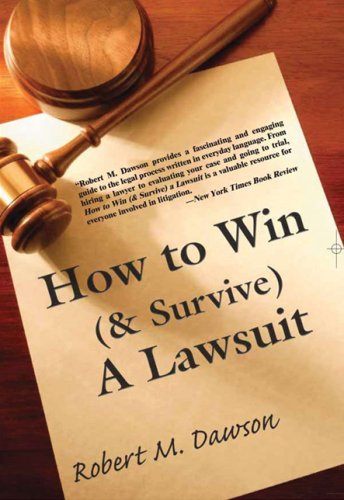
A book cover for How to Win (& Survive) a Lawsuit: The Secrets Revealed; Robert M. Dawson; Law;